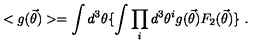
< g ( { \vec { \theta } } ) > = \int d ^ { 3 } \theta \{ \int \prod _ { i } d ^ { 3 } \theta ^ { i } g ( { \vec { \theta } } ) F _ { 2 } ( { \vec { \theta } } ) \} \ .